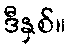
ဒီနှစ်။